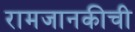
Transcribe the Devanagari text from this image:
रामजानकीची